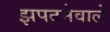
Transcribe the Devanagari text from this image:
झपटनेवाले